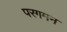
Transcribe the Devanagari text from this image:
परगमन